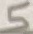
Text: 5